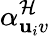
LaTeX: \alpha_{\mathbf{u}_{i}v}^{\mathcal{{H}}}